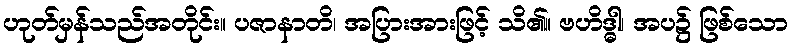
ဟုတ်မှန်သည်အတိုင်း။ ပဇာနာတိ၊ အပြားအားဖြင့် သိ၏။ ဗဟိဒ္ဓါ၊ အပ၌ ဖြစ်သော